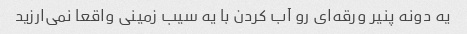
یه دونه پنیر ورقه‌ای رو آب کردن با یه سیب زمینی واقعا نمی‌ارزید